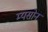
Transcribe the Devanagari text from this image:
म्यसोन